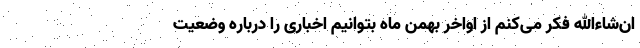
ان‌شاءالله فکر می‌کنم از اواخر بهمن ماه بتوانیم اخباری را درباره وضعیت